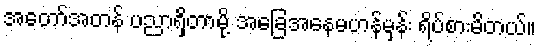
အတော်အတန် ပညာရှိတာမို့ အခြေအနေမဟန်မှန်း ရိပ်စားမိတယ်။